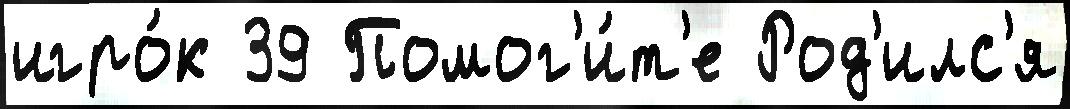
игро́к 39 Помог'и́т'е Род'илс'я